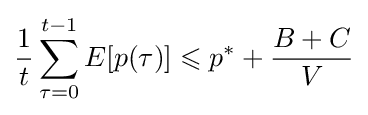
{\frac {1}{t}}\sum _{\tau =0}^{t-1}E[p(\tau )]\leqslant p^{*}+{\frac {B+C}{V}}